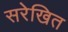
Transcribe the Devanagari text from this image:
सरेखित